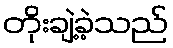
တိုးချဲ့ခဲ့သည်